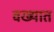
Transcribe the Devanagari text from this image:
वख्यात